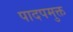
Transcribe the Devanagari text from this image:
पादपमुक्त